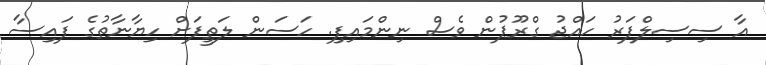
އާ ސިސިލްފަރު ހައްޖު ގްރޫޕުން ވެސް ނިންމައިފި. ހަސަން ލަތީފަށް ހިޔާނާތުގެ ފައިސާ